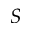
S